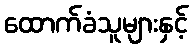
ထောက်ခံသူများနှင့်